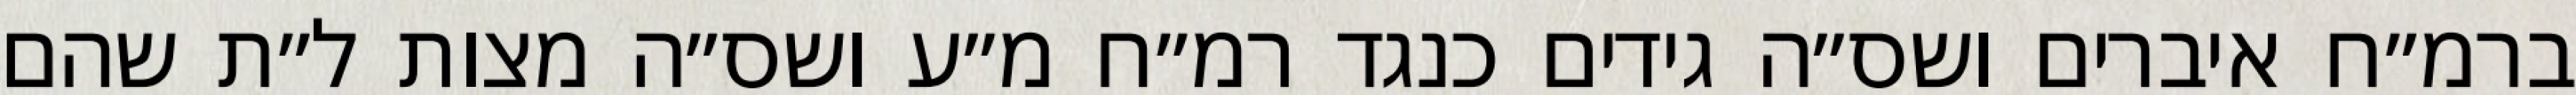
ברמ״ח איברים ושס״ה גידים כנגד רמ״ח מ״ע ושס״ה מצות ל״ת שהם